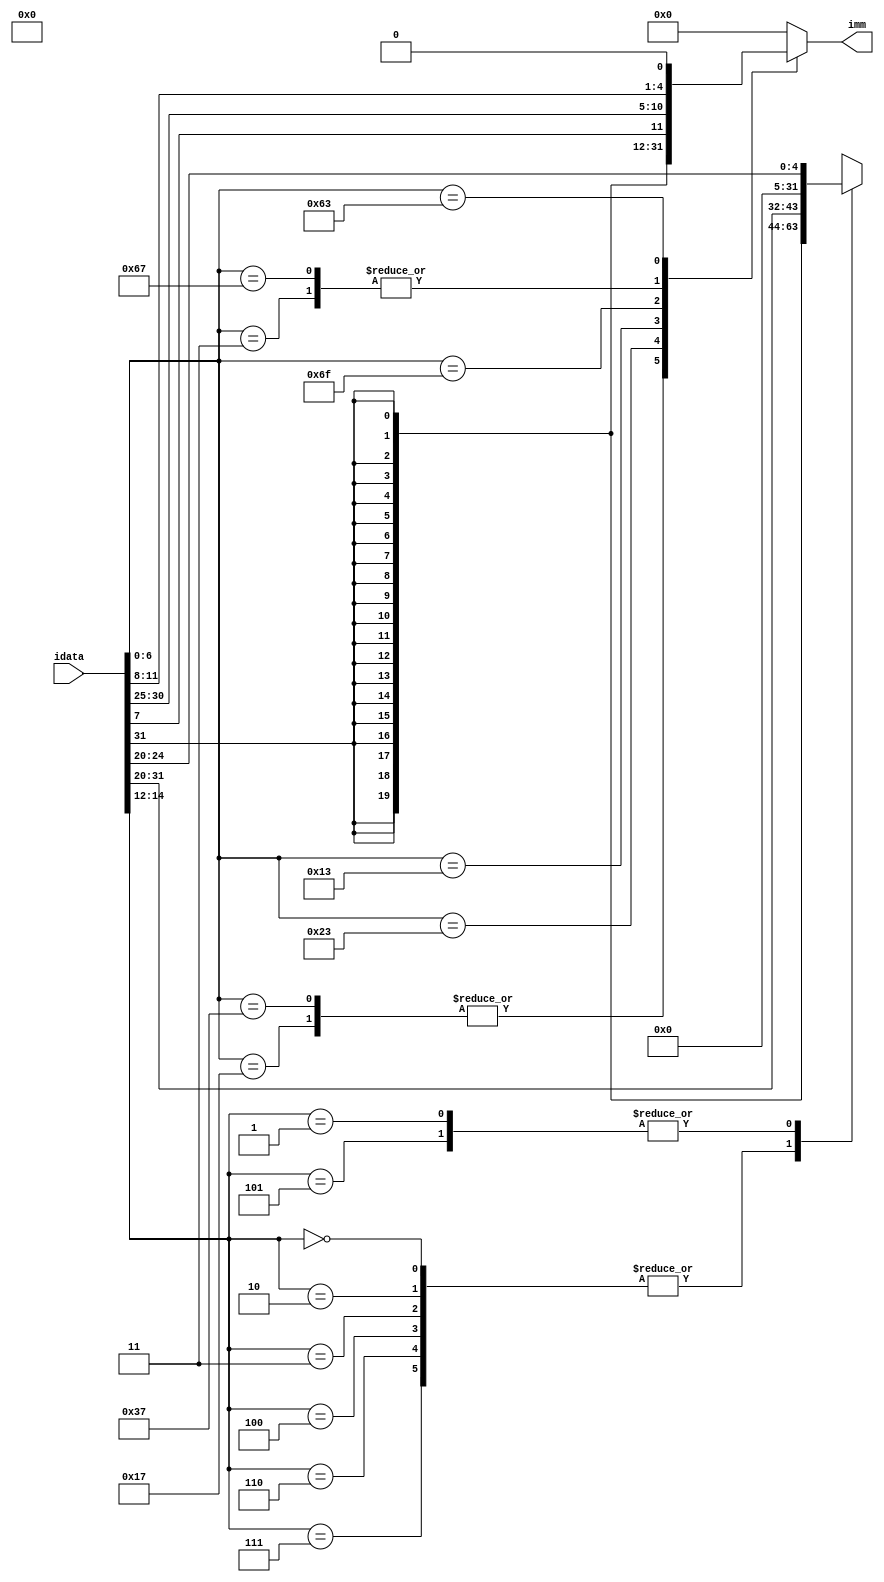
module imm_gen ( input [31:0] idata,     // instruction
                output [31:0] imm       // immediate value
              );


    reg [31:0] imm;

    always @(idata) begin
		case(idata[6:0])     // Different cases correspond to different instructions
            7'b0110111,
            7'b0010111: //LUI and AUIPC
                imm = {idata[31:12], 12'd0};
            7'b0100011: //STORE
                imm = $signed({idata[31:25], idata[11:7]});
            7'b0000011: //LOAD
                imm = $signed(idata[31:20]);
            7'b0010011: //IMMEDIATE ALU OPS
                case(idata[14:12])
                    0,
                    2,
                    3,
                    4,
                    6,
                    7: // ADDI,SLTI,SLTIU,XORI,ORI,ANDI
                        imm = $signed(idata[31:20]);
                    1,
                    5: // SLLI,SRLI,SRAI
                        imm = {27'b0, idata[24:20]};
                endcase
            7'b0110011: //ALU OPS
                imm = 32'b0;
			7'b1101111: //JAL
                imm = $signed({idata[31], idata[19:12], idata[20], idata[30:21], 1'b0});
			7'b1100111: //JALR
                imm = $signed(idata[31:20]);
            7'b1100011: //BRANCH
                imm = $signed({idata[31], idata[7], idata[30:25], idata[11:8], 1'b0});
            default:
                imm = 32'b0;
        endcase
    end

endmodule